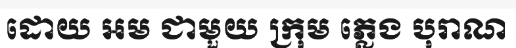
ដោយ អម ជាមួយ ក្រុម ភ្លេង បុរាណ